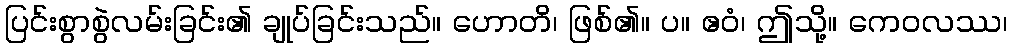
ပြင်းစွာစွဲလမ်းခြင်း၏ ချုပ်ခြင်းသည်။ ဟောတိ၊ ဖြစ်၏။ ပ။ ဧဝံ၊ ဤသို့။ ကေဝလဿ၊